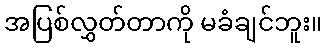
အပြစ်လွှတ်တာကို မခံချင်ဘူး။